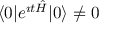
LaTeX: \langle 0 | e ^ { \i t { \hat { H } } } | 0 \rangle \not = 0